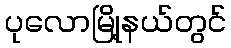
ပုလောမြို့နယ်တွင်